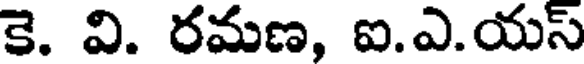
కె. వి. రమణ, ఐ.ఎ.యస్